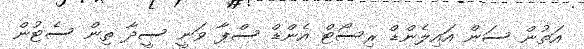
އަތުން ސަން އައިލެންޑް ރިސޯޓް އެންޑް ސްޕާ ވަނީ ސީދާ ތިން ސެޓުން